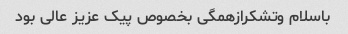
باسلام وتشکرازهمگی بخصوص پیک عزیز عالی بود